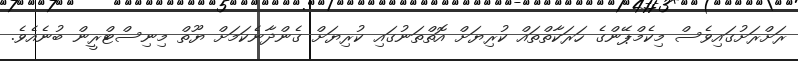
ރަށްރަށުގައިވެސް މިކެމްޕޭންގެ ހަރަކާތްތައް ކުރިޔަށް އޮތްތަނުގައި ކުރިޔަށް ގެންދާނެކަމަށް ޔޫތް މިނިސްޓްރީން ބުނެއެވެ.